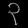
Digit: ၃